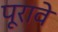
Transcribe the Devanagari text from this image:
पूरावे